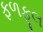
ફળફૂલ